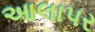
આલાપર